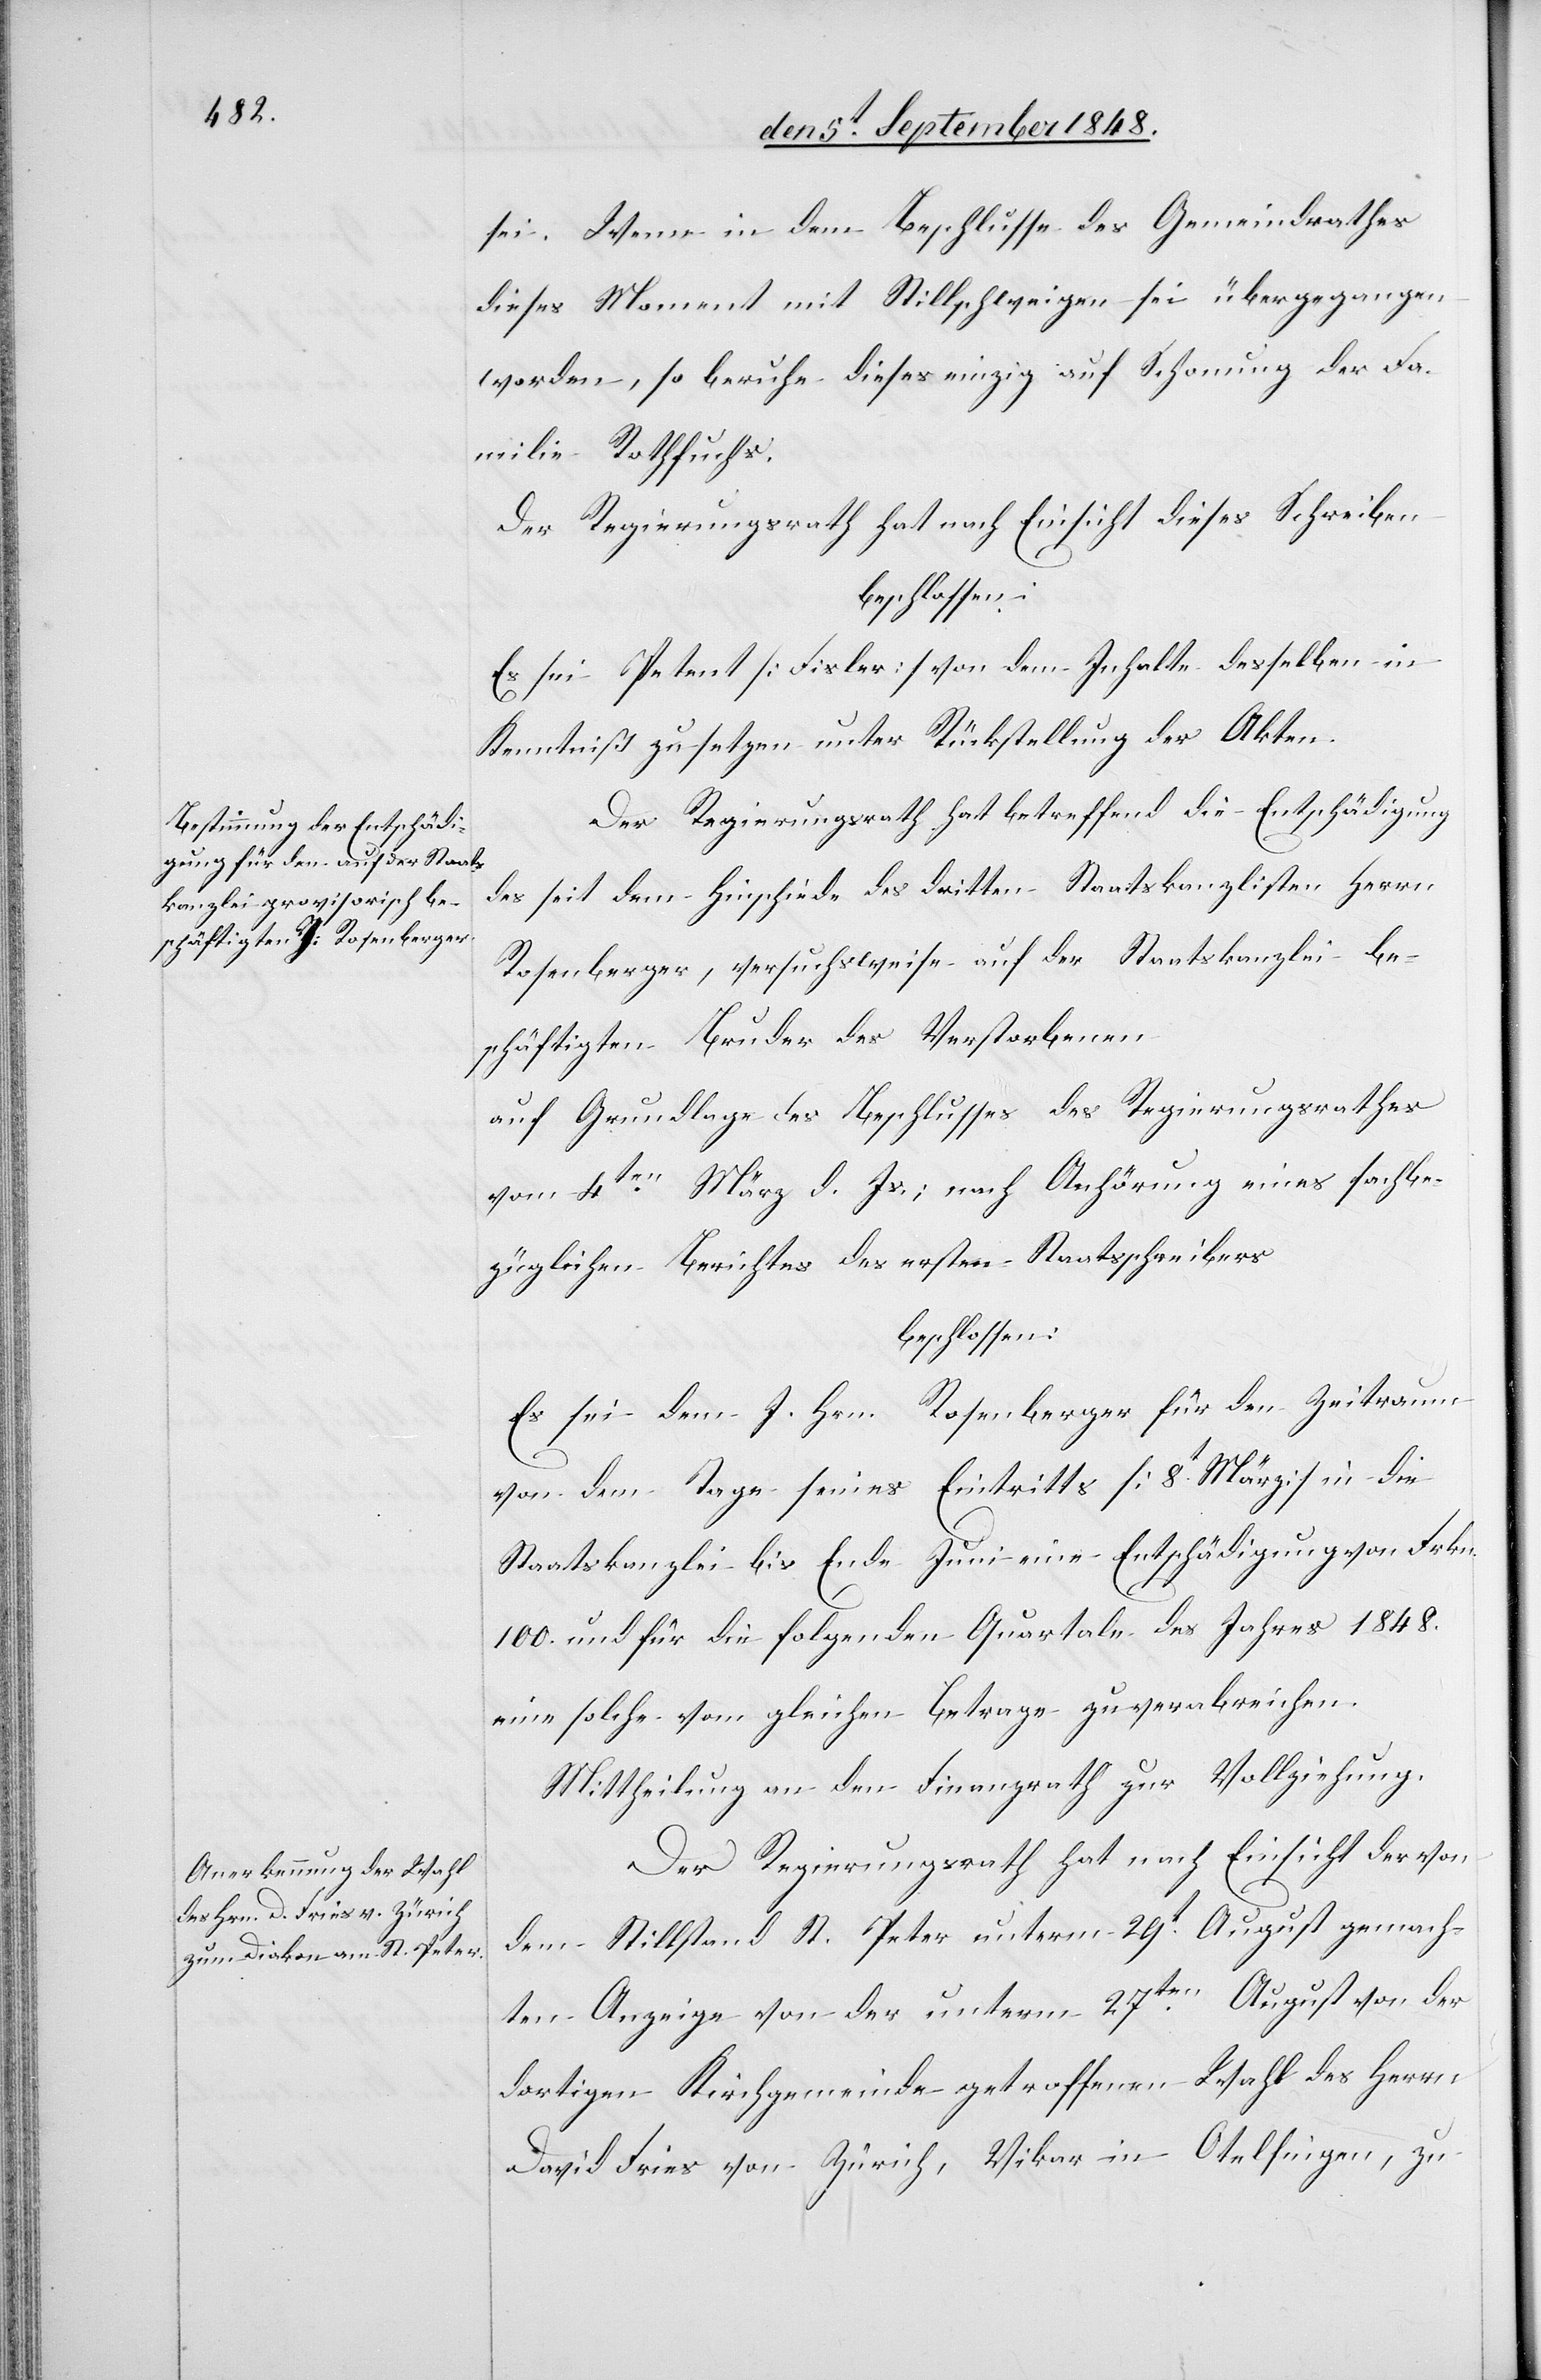
sei. Wenn in dem Beschlusse des Gemeindrathes
dieses Moment mit Stillschwiegen sei übergegangen
worden, so berufe dieses einzig auf Schonung der Fa¬
milie Rothfuchs.
Der Regierungsrath hat nach Einsicht dieses Schreibens.
beschlossen:
Es sei Petent [Fisler] von dem Inhalte desselben in
Kenntniß zu setzen unter Rückstellung der Akten.
Der Regierungsrath hat betreffend die Entschädigung
des seit dem Hinschiede des dritten Staatskanzlisten Herrn
Rosenberger, versuchsweise auf der Staatskanzlei be¬
schäftigten Bruder des Verstorbenen
auf Grundlage des Beschlusses des Regierungsrathes
vom 4ten März d. Js.; nach Anhörung eines sachbe¬
züglichen Berichtes des ersten Staatsschreibers
beschlossen:
Es sei dem J. Hrn. Rosenberger für den Zeitraum
von dem Tage seines Eintritts [8t März] in die
Staatskanzlei bis Ende Juni eine Entschädigung von Frkn.
100. und für die folgenden Quartale des Jahres 1848.
eine solche vom gleichen Betrage zu verabreichen.
Mittheilung an den Finanzrath zur Vollziehung.
Der Regierungsrath hat nach Einsicht der von
dem Stillstand St. Peter unterm 29t August gemach¬
ten Anzeige von der unterm 27ten August von der
dortigen Kirchgemeinde getroffenen Wahl des Herrn
David Fries von Zürich, Vikar in Otelfingen, zu